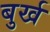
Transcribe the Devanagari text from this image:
बुर्ख